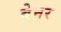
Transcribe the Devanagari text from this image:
बेनर